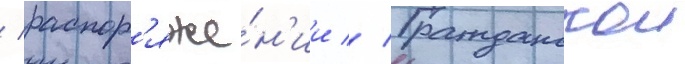
/ распор'яже́н'ии // Гражданскои